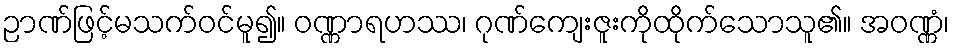
ဉာဏ်ဖြင့်မသက်ဝင်မူ၍။ ဝဏ္ဏာရဟဿ၊ ဂုဏ်ကျေးဇူးကိုထိုက်သောသူ၏။ အဝဏ္ဏံ၊